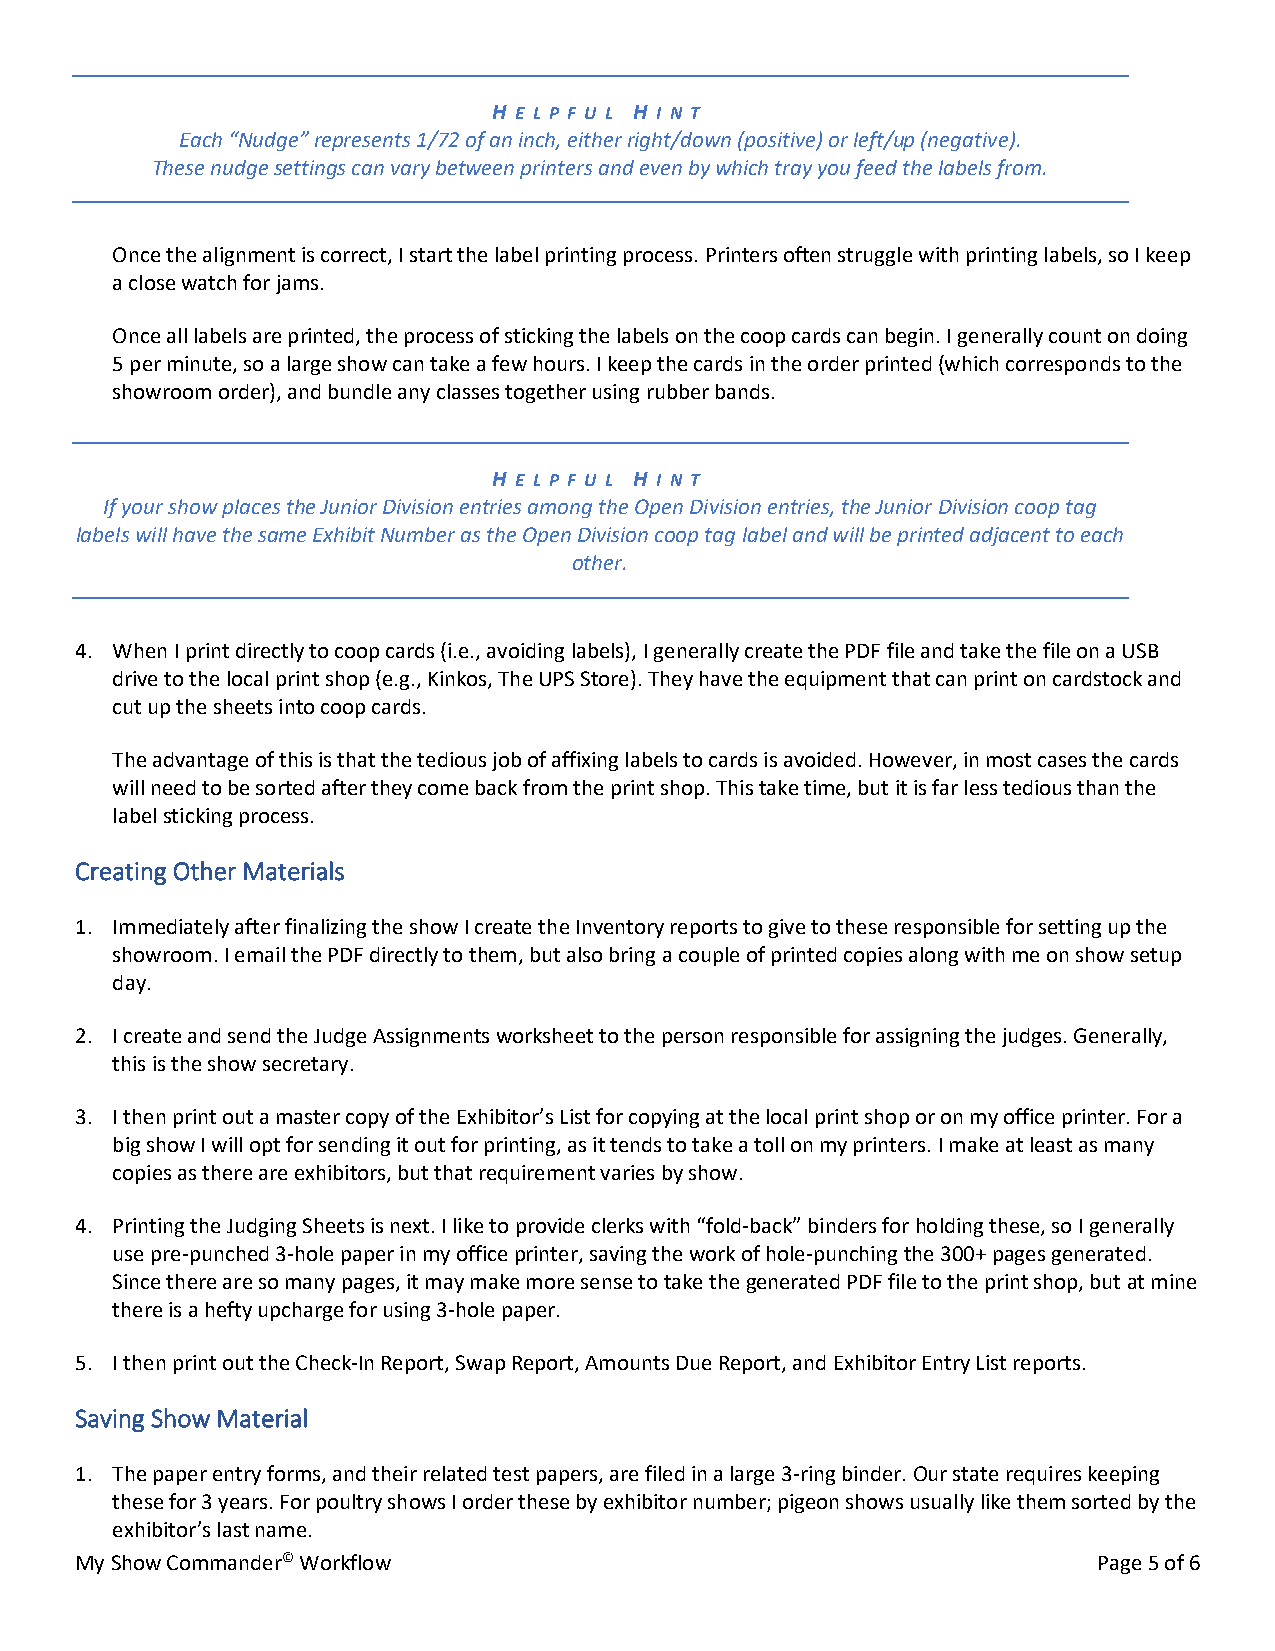
H E L P F U L H I N T
 Each “Nudge” represents 1/72 of an inch, either right/down (positive) or left/up (negative).
 These nudge settings can vary between printers and even by which tray you feed the labels from.
 Once the alignment is correct, I start the label printing process. Printers often struggle with printing labels, so I keep
 a close watch for jams.
 Once all labels are printed, the process of sticking the labels on the coop cards can begin. I generally count on doing
 5 per minute, so a large show can take a few hours. I keep the cards in the order printed (which corresponds to the
 showroom order), and bundle any classes together using rubber bands.
 H E L P F U L H I N T
 If your show places the Junior Division entries among the Open Division entries, the Junior Division coop tag
 labels will have the same Exhibit Number as the Open Division coop tag label and will be printed adjacent to each
 other.
 4. When I print directly to coop cards (i.e., avoiding labels), I generally create the PDF file and take the file on a USB
 drive to the local print shop (e.g., Kinkos, The UPS Store). They have the equipment that can print on cardstock and
 cut up the sheets into coop cards.
 The advantage of this is that the tedious job of affixing labels to cards is avoided. However, in most cases the cards
 will need to be sorted after they come back from the print shop. This take time, but it is far less tedious than the
 label sticking process.
 Creating Other Materials
 1. Immediately after finalizing the show I create the Inventory reports to give to these responsible for setting up the
 showroom. I email the PDF directly to them, but also bring a couple of printed copies along with me on show setup
 day.
 2. I create and send the Judge Assignments worksheet to the person responsible for assigning the judges. Generally,
 this is the show secretary.
 3. I then print out a master copy of the Exhibitor’s List for copying at the local print shop or on my office printer. For a
 big show I will opt for sending it out for printing, as it tends to take a toll on my printers. I make at least as many
 copies as there are exhibitors, but that requirement varies by show.
 4. Printing the Judging Sheets is next. I like to provide clerks with “fold-back” binders for holding these, so I generally
 use pre-punched 3-hole paper in my office printer, saving the work of hole-punching the 300+ pages generated.
 Since there are so many pages, it may make more sense to take the generated PDF file to the print shop, but at mine
 there is a hefty upcharge for using 3-hole paper.
 5. I then print out the Check-In Report, Swap Report, Amounts Due Report, and Exhibitor Entry List reports.
 Saving Show Material
 1. The paper entry forms, and their related test papers, are filed in a large 3-ring binder. Our state requires keeping
 these for 3 years. For poultry shows I order these by exhibitor number; pigeon shows usually like them sorted by the
 exhibitor’s last name.
 My Show Commander© Workflow                                         Page 5 of 6